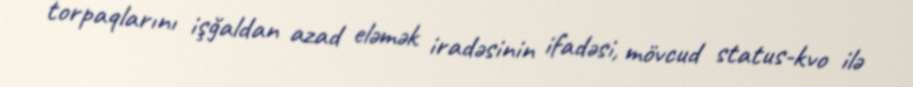
torpaqlarını işğaldan azad eləmək iradəsinin ifadəsi, mövcud status-kvo ilə